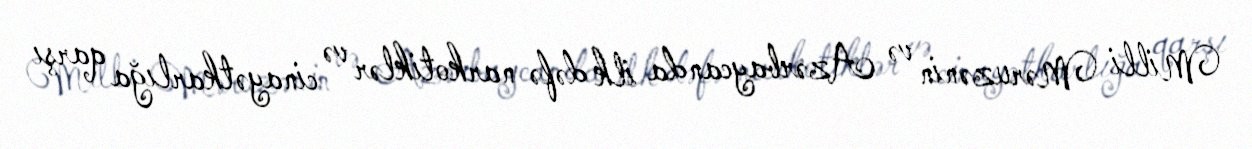
Milli Məruzənin və Azərbaycanda ilk dəfə narkotiklər və cinayətkarlığa qarşı